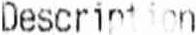
DESCRIPTION